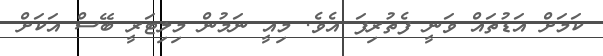
ކަމަށް އަޑުތައް ވަނީ ފެތުރިފަ އެވެ. މިއީ ނަމުން މިލިޓަރީ ބޭސް އަކަށް